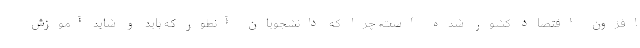
افزون اقتصاد کشور شده است، چرا که دانشجویان آنطور که باید و شاید آموزش